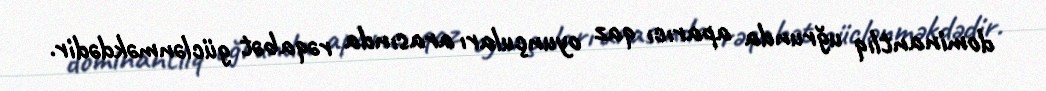
dominantlıq uğrunda aparıcı qaz oyunçuları arasında rəqabət güclənməkdədir.